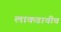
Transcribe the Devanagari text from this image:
लाकडाचीच